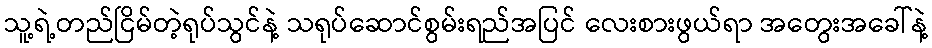
သူ့ရဲ့တည်ငြိမ်တဲ့ရုပ်သွင်နဲ့ သရုပ်ဆောင်စွမ်းရည်အပြင် လေးစားဖွယ်ရာ အတွေးအခေါ်နဲ့